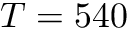
T = 5 4 0